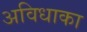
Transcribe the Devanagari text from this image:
अविधाका